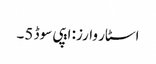
اسٹار وارز: ایپی سوڈ 5۔